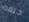
حلقه